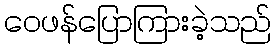
ဝေဖန်ပြောကြားခဲ့သည်